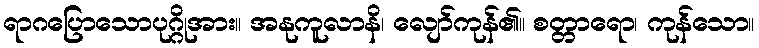
ရာဂပြောသောပုဂ္ဂိုအား။ အနုကူလာနိ၊ လျော်ကုန်၏။ စတ္တာရော၊ ကုန်သော။